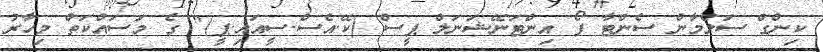
ކިންގް ސަލްމާން ސެންޓާ ފޯ އިންޓަނޭޝަނަލް ޕީސް (ކޭ.އެސް.ސީއައި.ޕީ)" ގެ މަސައްކަތް މިހާރު